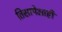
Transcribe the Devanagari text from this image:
तिसापेक्षाही